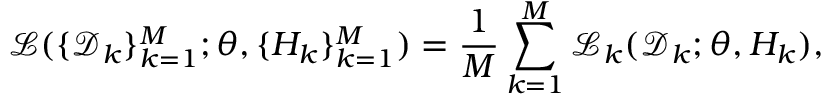
\mathcal { L } ( \{ \mathcal { D } _ { k } \} _ { k = 1 } ^ { M } ; \theta , \{ H _ { k } \} _ { k = 1 } ^ { M } ) = \frac { 1 } { M } \sum _ { k = 1 } ^ { M } \mathcal { L } _ { k } ( \mathcal { D } _ { k } ; \theta , H _ { k } ) ,